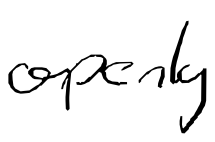
Text: openly
Cross-out: clean
Writing tool: digital_black